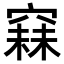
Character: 𥧙